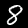
Label: 8